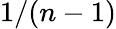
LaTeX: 1/(n-1)